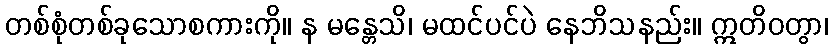
တစ်စုံတစ်ခုသောစကားကို။ န မန္တေသိ၊ မထင်ပင်ပဲ နေဘိသနည်း။ ဣတိဝတွာ၊